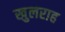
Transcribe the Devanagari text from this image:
खुलराह